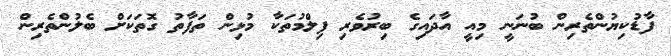
ފާޑުކިޔުންތެރިން ބުނަނީ މިއީ އާދައިގެ ބިރުވެރި ފިލްމުތަކާ މުޅިން ތަފާތު ގޮތަކަށް ބެލުންތެރިން